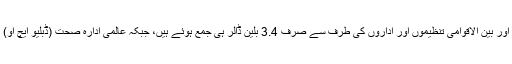
اہم بات یہ ہے کہ ان مجموعی مالی وسائل میں سے اب تک مختلف ممالک اور بین الاقوامی تنظیموں اور اداروں کی طرف سے صرف 3.4 بلین ڈالر ہی جمع ہوئے ہیں، جبکہ عالمی ادارہ صحت (ڈبلیو ایچ او) کی سربراہی میں طے کردہ مالی ہدف دور دور تک پورا ہوتا نظر نہیں آتا۔